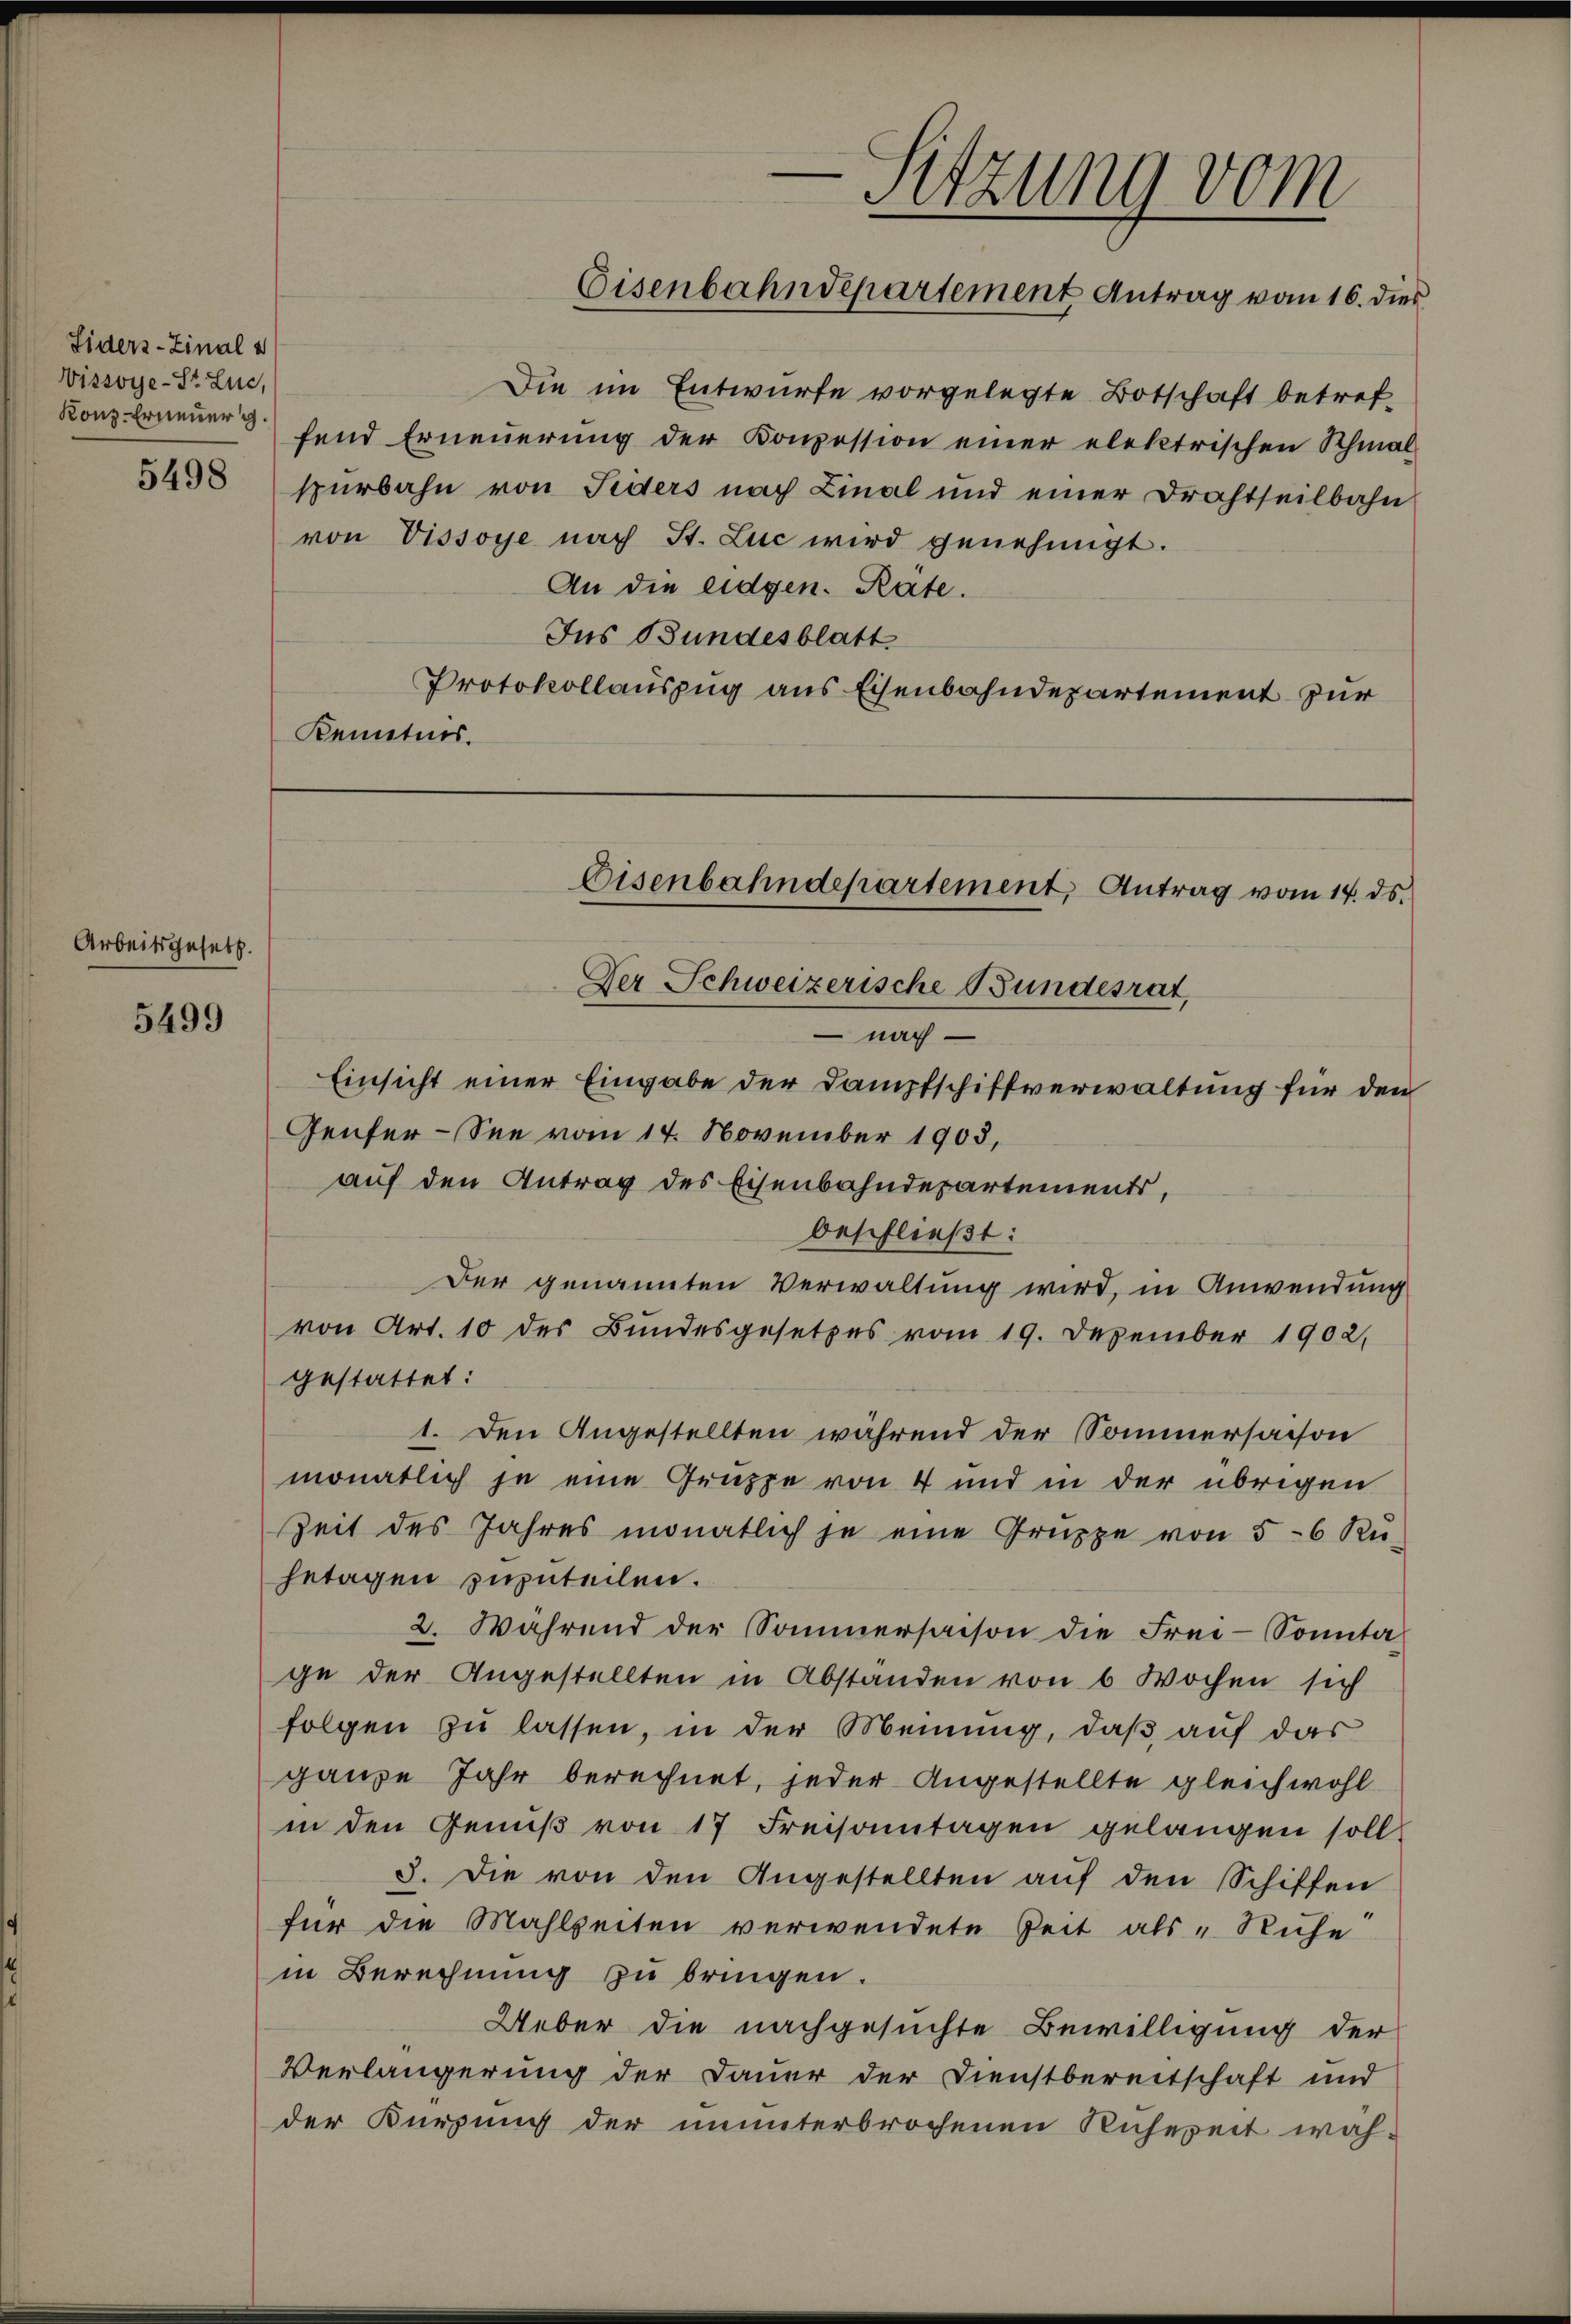
Siders-Zinal u
Vissoye-Steue,
Konz-Erneuer g
5498

Arbeitsgesetz.

5499

Die im Entwurfe vorgelegte Botschaft betreffend Erneuerung der Konzession einer elektrischen Schmal-
spürbahn von Fiders nach Linal und einer Drahtheilbahn
von Vissoye nach St. Luc wird genehmigt.
An die eidgen. Rate.
Ins Bundesblatt
Protokollauszug aus Eisenbahndepartement zur
Kenntnis.

e
-Sitzung vom
Eisenbahndepartement Antrag vom 16. dies

Eisenbahndepartement, Antrag vom 14. ds.
Der Schweizerische Bundesrat,
 nach

Genfer-See vom 14. November 1903,
auf den Antrag des Eisenbahndepartements,
beschließt:
Der genannten Verwaltung wird, in Anwendung
von Art. 10 des Bundesgesetzes vom 19. Dezember 1902,
gestattet:
1. Den Angestellten während der Sommersacson
monatlich je eine Gruppe von 4 und in der übrigen
Zeit des Jahres monatlich je eine Gruppe von 5-6 Rü-
hetagen zuzuteilen.
2. Während der Sommersaison die Frei-Sonntage der Angestellten in Abständen von 6 Wochen sich
folgen zu lassen, in der Meinung, daß auf das
ganze Jahr berechnet, jeder Angestellte gleichwohl
in den Genuß von 17 Freisamtagen gelangen soll
3. Die von den Angestellten auf den Schiffen
für die Mahlzeiten verwendete Zeit als „Ruhe!
in Berechnung zu bringen.
Ueber die nachgesuchte Bewilligung der
Verlängerung der Dauer der Dienstbereitschaft und
der Kürzung der ununterbrochenen Ruhereit wäh-

Einsicht einer Eingabe der Dampfschiffverwaltung für den